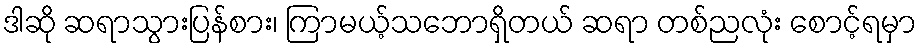
ဒါဆို ဆရာသွားပြန်စား၊ ကြာမယ့်သဘောရှိတယ် ဆရာ တစ်ညလုံး စောင့်ရမှာ